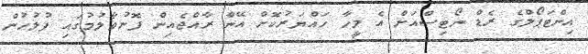
އިންޓަޕޯލްގެ ރެޑް ނޯޓިސްއަށް އެ މީހާ ހައްޔަރުކޮށް އޭނާ ރާއްޖެއިން ފޮނުވާލުމުގައި ފުލުހުން